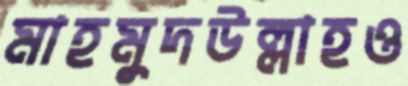
মাহমুদউল্লাহও